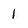
Character: 1